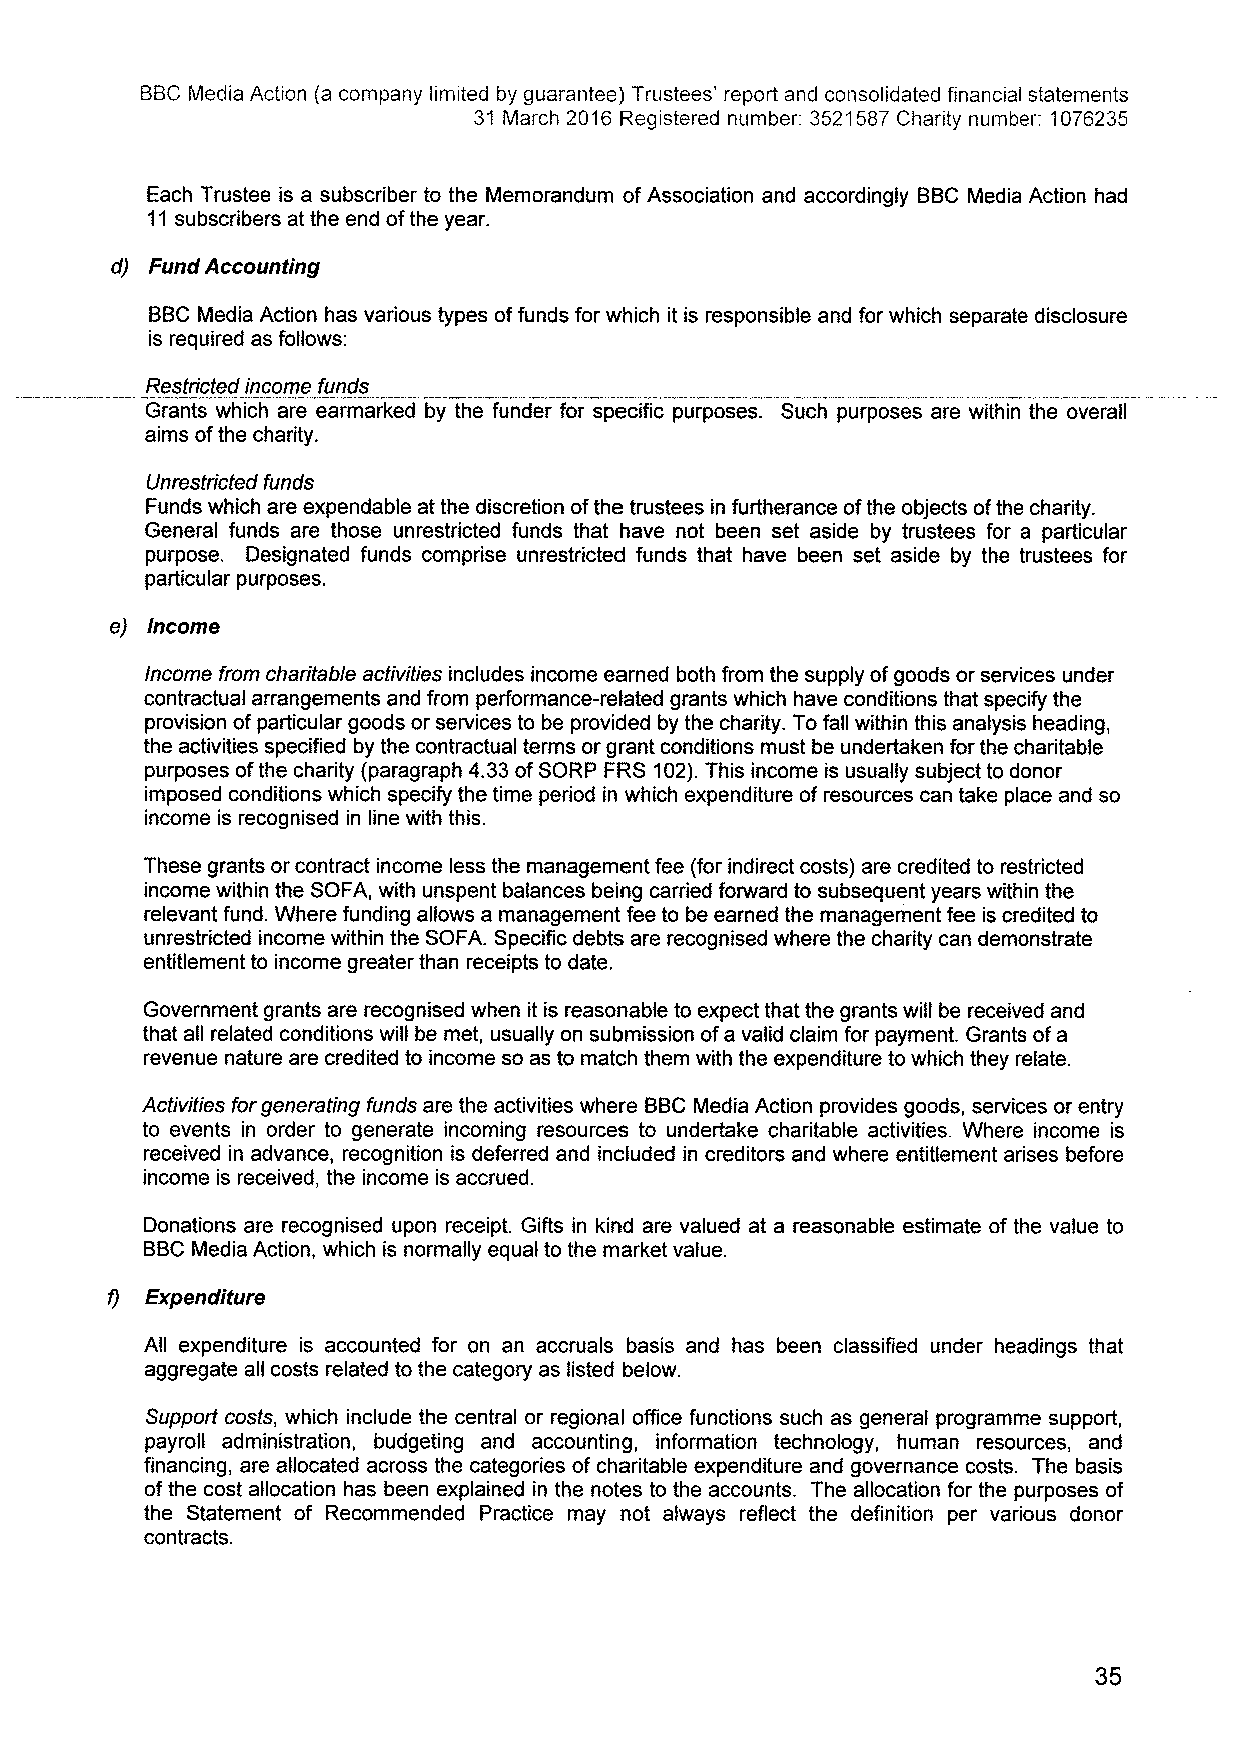
BBCMedia Action (a company limited by guarantee) Trustees' report and consolidated financial statements
 31 March 2016 Registered number: 3521587Charity number: 1076235
 Each Trustee is a subscriber to the Memorandum ofAssociation and accordingly BBCMedia Action had
 11subscribers at the end ofthe year.
 d) Fund Accounting
 BBCMedia Action has various types offunds for which it is responsible and for which separate disclosure
 is required as follows:
 Restricted income funds
 Grants which are earmarked by the funder for specific purposes. Such purposes are within the overall
 aims ofthe charity.
 Unrestricted funds
 Funds which are expendable at the discretion ofthe trustees in furtherance ofthe objects ofthe charity.
 General funds are those unrestricted funds that have not been set aside by trustees for a particular
 purpose. Designated funds comprise unrestricted funds that have been set aside by the trustees for
 particular purposes.
 e) Income
 Income from charitable activities includes income earned both from the supply ofgoods or services under
 contractual arrangements and from performance-related grants which have conditions that specify the
 provision ofparticular goods or services to be provided by the charity. To fall within this analysis heading,
 the activities specified by the contractual terms or grant conditions must be undertaken for the charitable
 purposes ofthe charity (paragraph 4.33ofSORP FRS 102).This income is usually subject to donor
 imposed conditions which specify the time period in which expenditure ofresources can take place and so
 income is recognised in line with this.
 These grants or contract income less the management fee (for indirect costs) are credited to restricted
 income within the SOFA, with unspent balances being carried forward to subsequent years within the
 relevant fund. Where funding allows a management fee to be earned the management fee is credited to
 unrestricted income within the SOFA. Specific debts are recognised where the charity can demonstrate
 entitlement to income greater than receipts to date.
 Government grants are recognised when it is reasonable to expect that the grants will be received and
 that all related conditions will be met, usually on submission ofa valid claim for payment. Grants ofa
 revenue nature are credited to income so as to match them with the expenditure to which they relate.
 Activities forgenerating funds are the activities where BBCMedia Action provides goods, services or entry
 to events in order to generate incoming resources to undertake charitable activities. Where income is
 received in advance, recognition is deferred and included in creditors and where entitlement arises before
 income is received, the income is accrued.
 Donations are recognised upon receipt. Gifts in kind are valued at a reasonable estimate of the value to
 BBCMedia Action, which is normally equal to the market value.
 fl Expenditure
 All expenditure is accounted for on an accruals basis and has been classified under headings that
 aggregate all costs related to the category as listed below.
 Support costs, which include the central or regional office functions such as general programme support,
 payroll administration, budgeting and accounting, information technology, human resources, and
 financing, are allocated across the categories of charitable expenditure and governance costs. The basis
 ofthe cost allocation has been explained in the notes to the accounts. The allocation for the purposes of
 the Statement of Recommended Practice may not always reflect the definition per various donor
 contracts.
 35